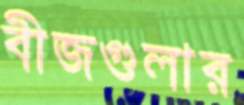
বীজগুলার